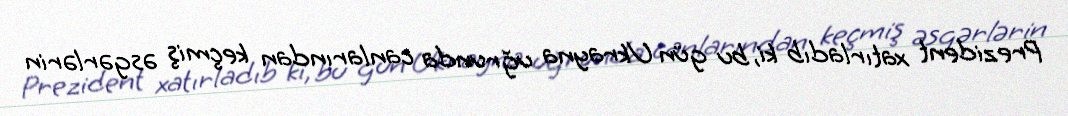
Prezident xatırladıb ki, bu gün Ukrayna uğrunda canlarından keçmiş əsgərlərin